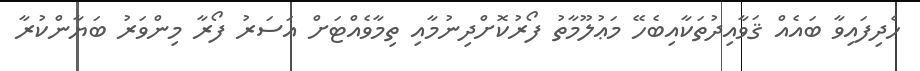
ހެދިފައިވާ ބައެއް ޤަވާއިދުތަކާއިބެހޭ މަޢުލޫމާތު ފޯރުކޮށްދިނުމާއި ތިމާވެއްޓަށް އަސަރު ފޯރާ މިންވަރު ބަޔާންކުރާ